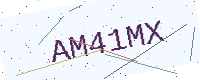
Text: AM41MX